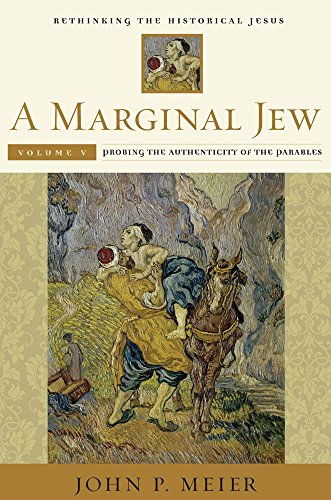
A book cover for A Marginal Jew: Rethinking the Historical Jesus, Volume V: Probing the Authenticity of the Parables (The Anchor Yale Bible Reference Library); John P. Meier; Christian Books & Bibles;